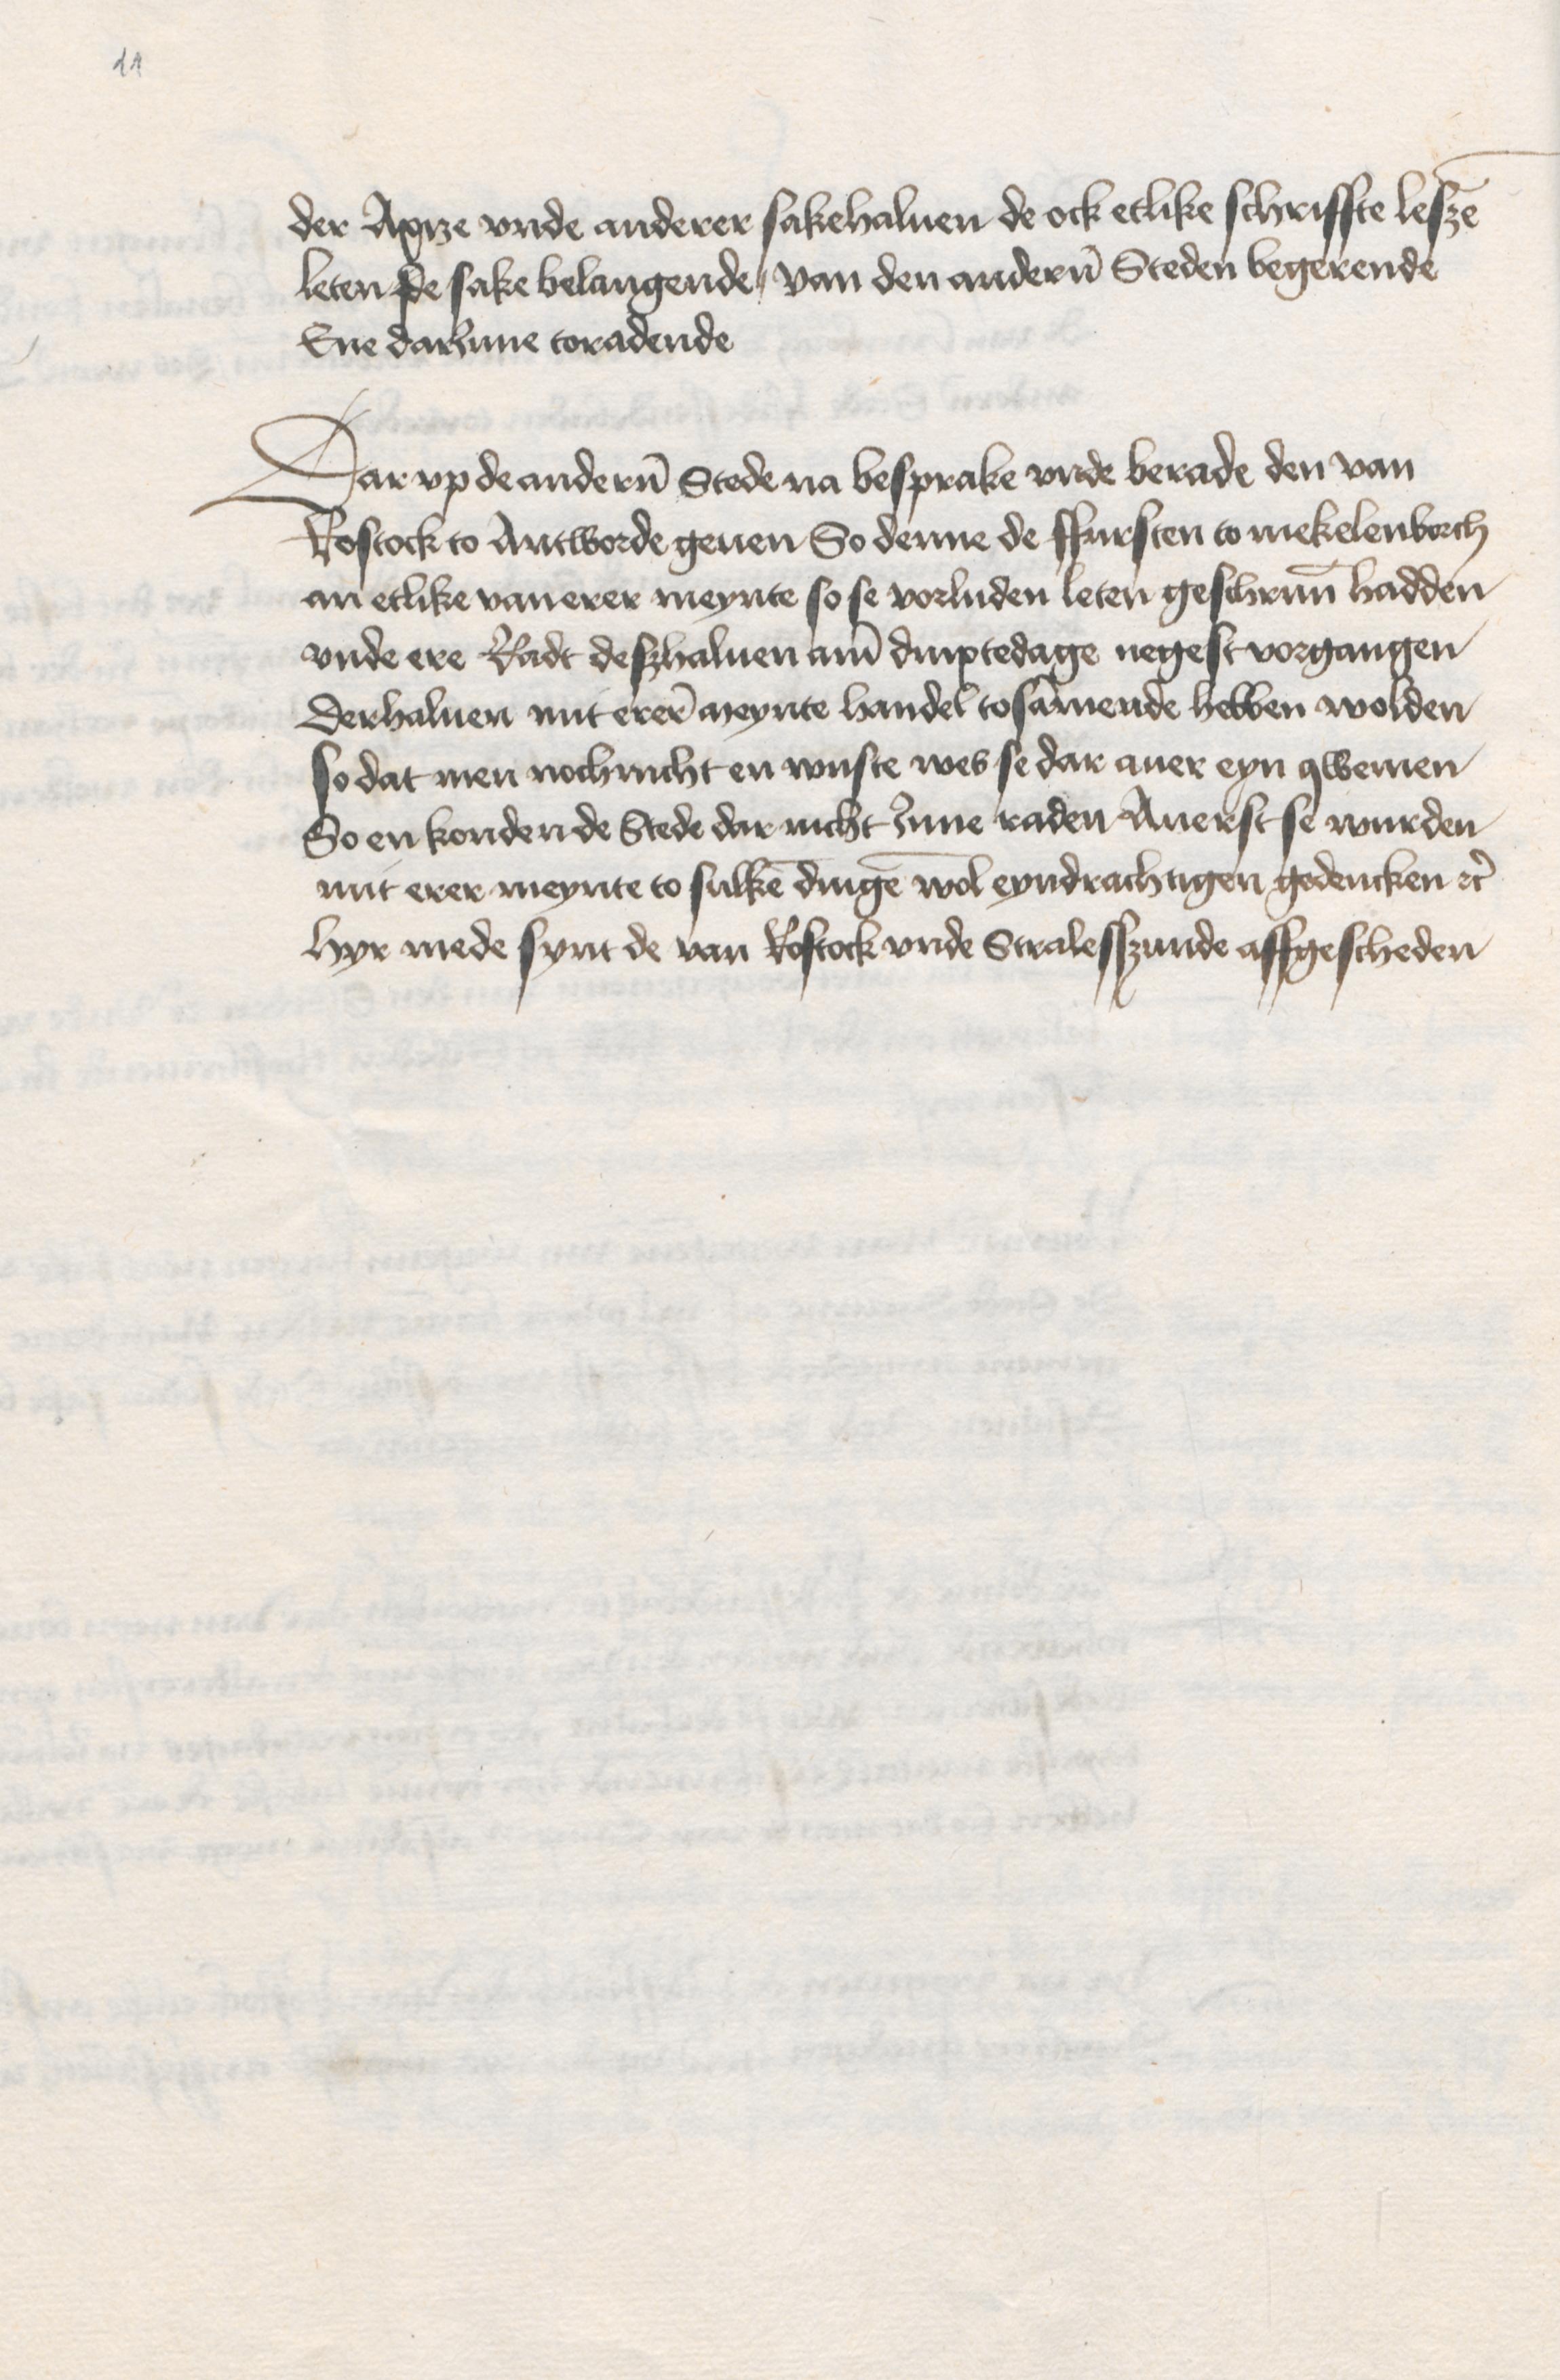
der Axize vnde anderer sakehaluen de ock etlike schriffte leszen
leten de sake belangende, van den anderen Steden begerende
Ene darJnne toradende

Dar vp de anderen Stede na besprake vnde berade den van
Rostock to Antworde geuen So denne de ffursten to Mekelenborch
an etlike van erer meynte so se vorluden leten geschreuenn hadden
vnde ere Radt deszhaluen ame dinxtedage negest vorgangen
Derhaluen mit erere Meynte handel tosammende hebben wolden
So dat men noch nicht en wuste wes se dar auer eyn qwemen
So en konden de Stede dar nicht Jnne raden Auerst se wurden
mit erer meynte to sulken dingen wol eyndrachtigen gedencken etc
Hyr mede synt de van Rostock vnde Stralesszunde affgescheden